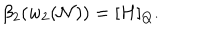
\beta _ { 2 } ( w _ { 2 } ( { \cal N } ) ) = [ H ] _ { Q } .